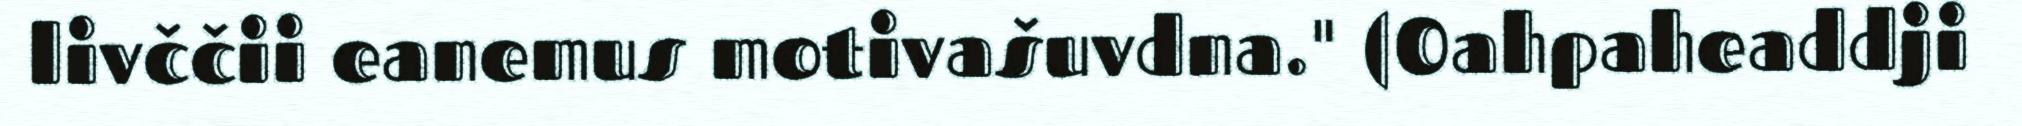
livččii eanemus motivašuvdna." (Oahpaheaddji